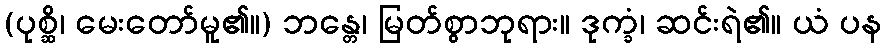
(ပုစ္ဆိ၊ မေးတော်မူ၏။) ဘန္တေ၊ မြတ်စွာဘုရား။ ဒုက္ခံ၊ ဆင်းရဲ၏။ ယံ ပန